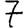
Digit: 7